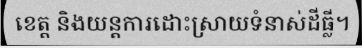
ខេត្ត និងយន្តការដោះស្រាយទំនាស់ដីធ្លី។